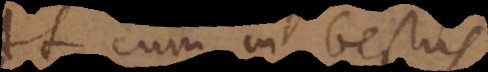
At cum in bestiis